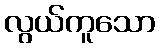
လွယ်ကူသော